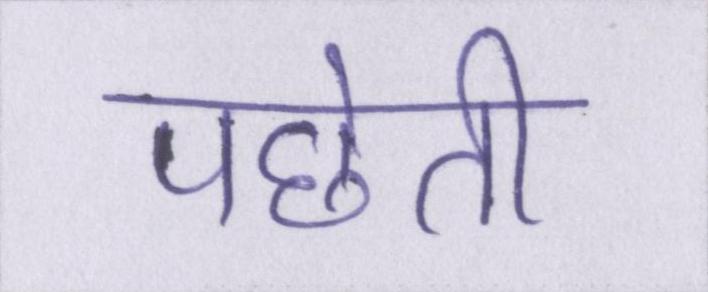
पछेती